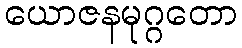
ယောဇနမုဂ္ဂတော